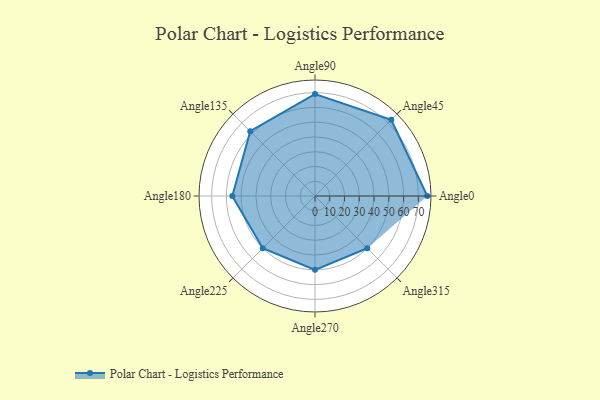
{"axis": {"x": "Angle", "y": "Radius"}, "legend": [""], "data": [{"x": "Angle0", "y": 76.0, "type": ""}, {"x": "Angle45", "y": 73.0, "type": ""}, {"x": "Angle90", "y": 69.0, "type": ""}, {"x": "Angle135", "y": 62.0, "type": ""}, {"x": "Angle180", "y": 56.0, "type": ""}, {"x": "Angle225", "y": 50.0, "type": ""}, {"x": "Angle270", "y": 50, "type": ""}, {"x": "Angle315", "y": 50, "type": ""}]}